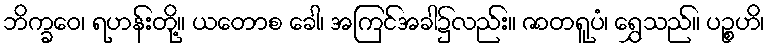
ဘိက္ခဝေ၊ ရဟန်းတို့။ ယတောစ ခေါ၊ အကြင်အခါ၌လည်း။ ဇာတရူပံ၊ ရွှေသည်။ ပဉ္စဟိ၊